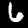
Digit: 6